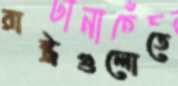
রাষ্ট্রগুলোতে